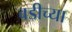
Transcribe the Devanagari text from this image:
वडीच्या